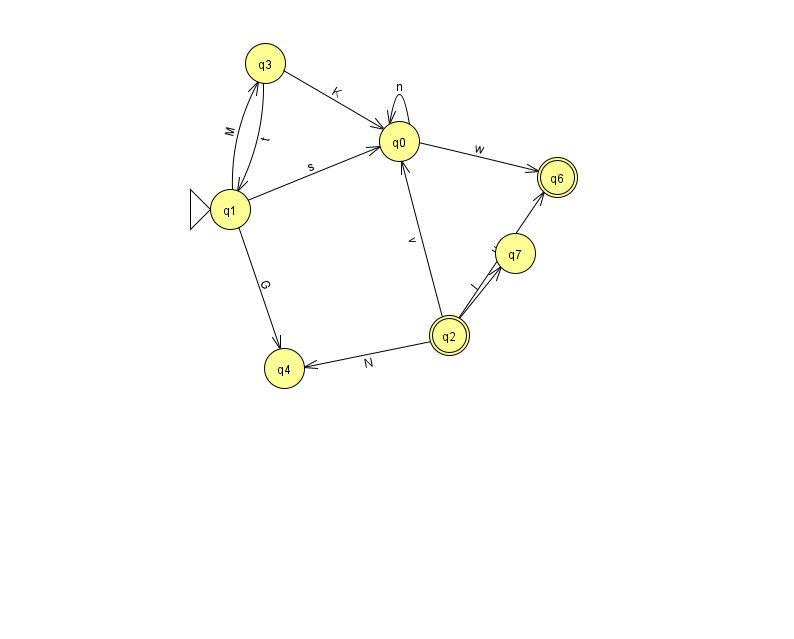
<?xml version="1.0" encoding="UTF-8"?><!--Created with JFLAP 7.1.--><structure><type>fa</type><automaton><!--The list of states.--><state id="0" name="q0"><x>399.0</x><y>128.0</y></state><state id="1" name="q1"><x>230.0</x><y>196.0</y><initial/></state><state id="2" name="q2"><x>449.0</x><y>322.0</y><final/></state><state id="3" name="q3"><x>265.0</x><y>50.0</y></state><state id="4" name="q4"><x>284.0</x><y>355.0</y></state><state id="6" name="q6"><x>557.0</x><y>164.0</y><final/></state><state id="7" name="q7"><x>515.0</x><y>240.0</y></state><!--The list of transitions.--><transition><from>1</from><to>0</to><read>s</read></transition><transition><from>1</from><to>4</to><read>G</read></transition><transition><from>1</from><to>3</to><read>M</read></transition><transition><from>2</from><to>4</to><read>N</read></transition><transition><from>2</from><to>7</to><read>l</read></transition><transition><from>0</from><to>6</to><read>w</read></transition><transition><from>3</from><to>0</to><read>K</read></transition><transition><from>3</from><to>1</to><read>t</read></transition><transition><from>2</from><to>6</to><read>u</read></transition><transition><from>0</from><to>0</to><read>n</read></transition><transition><from>2</from><to>0</to><read>v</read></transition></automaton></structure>